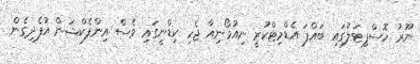
ނޫރު ހޮސްޕިޓަލުގައި ބައްޕަ އެޑްމިޓްކުރީ ނިއުމޯނިއާ ޖެހި ކިޑްނީގައި ވެސް އިންފެކްޝަން އުފެދިގެން